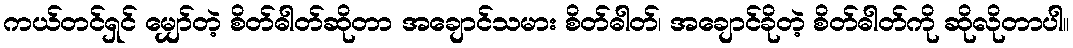
ကယ်တင်ရှင် မျှော်တဲ့ စိတ်ဓါတ်ဆိုတာ အချောင်သမား စိတ်ဓါတ်၊ အချောင်ခိုတဲ့ စိတ်ဓါတ်ကို ဆိုလိုတာပါ။